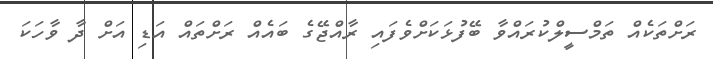
ރަށްތަކެއް ތަމްސީލްކުރައްވާ ބޭފުޅަކަށްވެފައި ރާއްޖޭގެ ބައެއް ރަށްތައް އަޑި އަށް ދާ ވާހަކަ